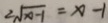
2 \sqrt { x - 1 } = x - 1